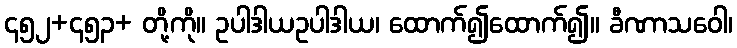
၄၅၂+၄၅၃+ တို့ကို။ ဥပါဒါယဥပါဒါယ၊ ထောက်၍ထောက်၍။ ခီဏာသဝေါ၊